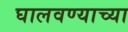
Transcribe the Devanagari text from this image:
घालवण्याच्या